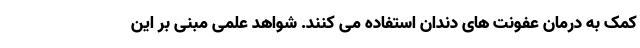
کمک به درمان عفونت های دندان استفاده می کنند. شواهد علمی مبنی بر این